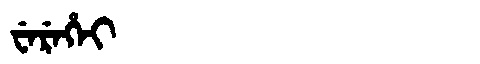
Manchu: ᠸᡝᡵᡝᡥᡝᡳ
Romanization: WEREHEI